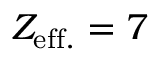
Z _ { \mathrm { e f f . } } = 7